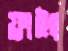
ফ্রাইং